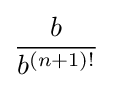
{\frac {b}{b^{(n+1)!}}}